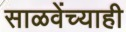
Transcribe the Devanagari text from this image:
साळवेंच्याही